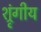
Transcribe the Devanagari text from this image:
श्रृंगीय